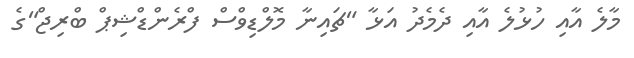
މާލެ އާއި ހުޅުލެ އާއި ދެމެދު އަޅާ "ޗައިނާ މޮލްޑިވްސް ފްރެންޑްޝިޕް ބްރިޖް"ގެ